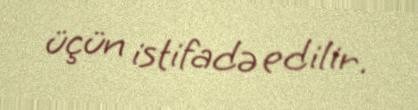
üçün istifadə edilir.